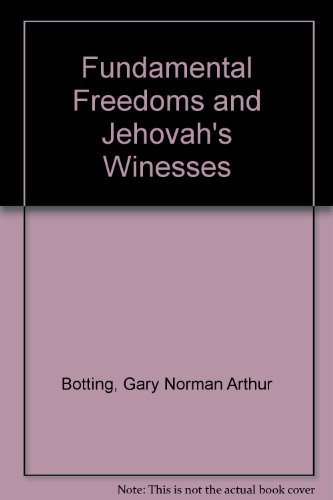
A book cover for Fundamental Freedoms and Jehovah's Winesses; Gary Norman Arthur Botting; Christian Books & Bibles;